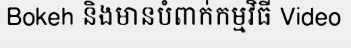
Bokeh និងមានបំពាក់កម្មវិធី Video